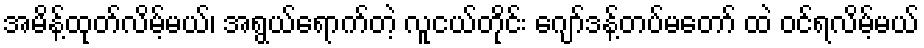
အမိန့်ထုတ်လိမ့်မယ်၊ အရွယ်ရောက်တဲ့ လူငယ်တိုင်း ဂျော်ဒန့်တပ်မတော် ထဲ ဝင်ရလိမ့်မယ်